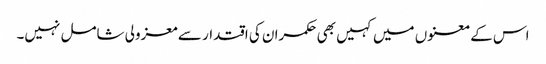
اس کے معنوں میں کہیں بھی حکمران کی اقتدار سے معزولی شامل نہیں۔